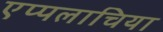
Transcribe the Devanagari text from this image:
एप्पलाचिया